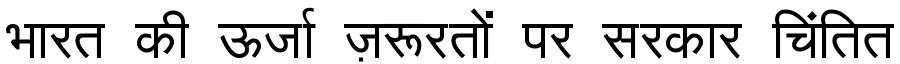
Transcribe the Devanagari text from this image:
भारत की ऊर्जा ज़रूरतों पर सरकार चिंतित